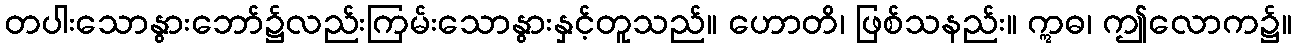
တပါးသောနွားဘော်၌လည်းကြမ်းသောနွားနှင့်တူသည်။ ဟောတိ၊ ဖြစ်သနည်း။ ဣဓ၊ ဤလောက၌။